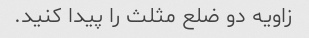
زاویه دو ضلع مثلث را پیدا کنید.